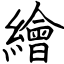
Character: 繪